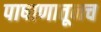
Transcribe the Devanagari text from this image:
पाषाणातूनच